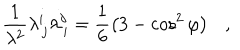
LaTeX: \frac { 1 } { \lambda ^ { 2 } } \lambda _ { \, j } ^ { i } \lambda _ { \, i } ^ { j } = \frac { 1 } { 6 } \left( 3 - \cos ^ { 2 } { \varphi } \right) ,